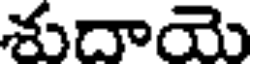
శుదాయె